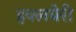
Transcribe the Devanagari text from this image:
हक्लबेरी